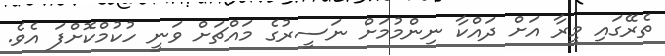
ތެރޭގައި މީރާ އަށް ދައްކާ ނިންމުމަށް ނަސީރުގެ މައްޗަށް ވަނީ ހުކުމްކޮށްފަ އެވެ.